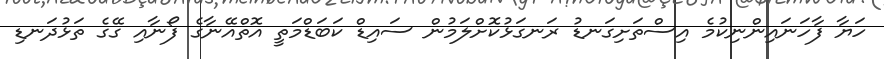
ހަޔާ ފާހަނައިންނިކުމެ އިސްތަށިގަނޑު ރަނގަޅުކޮށްލަމުން ސައިޑް ކަބަޑްމަތީ އޮތްއޭނާގެ ފޯނާއި ގޭގެ ތަޅުދަނޑި